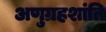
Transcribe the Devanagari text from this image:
अणुग्रहशांति